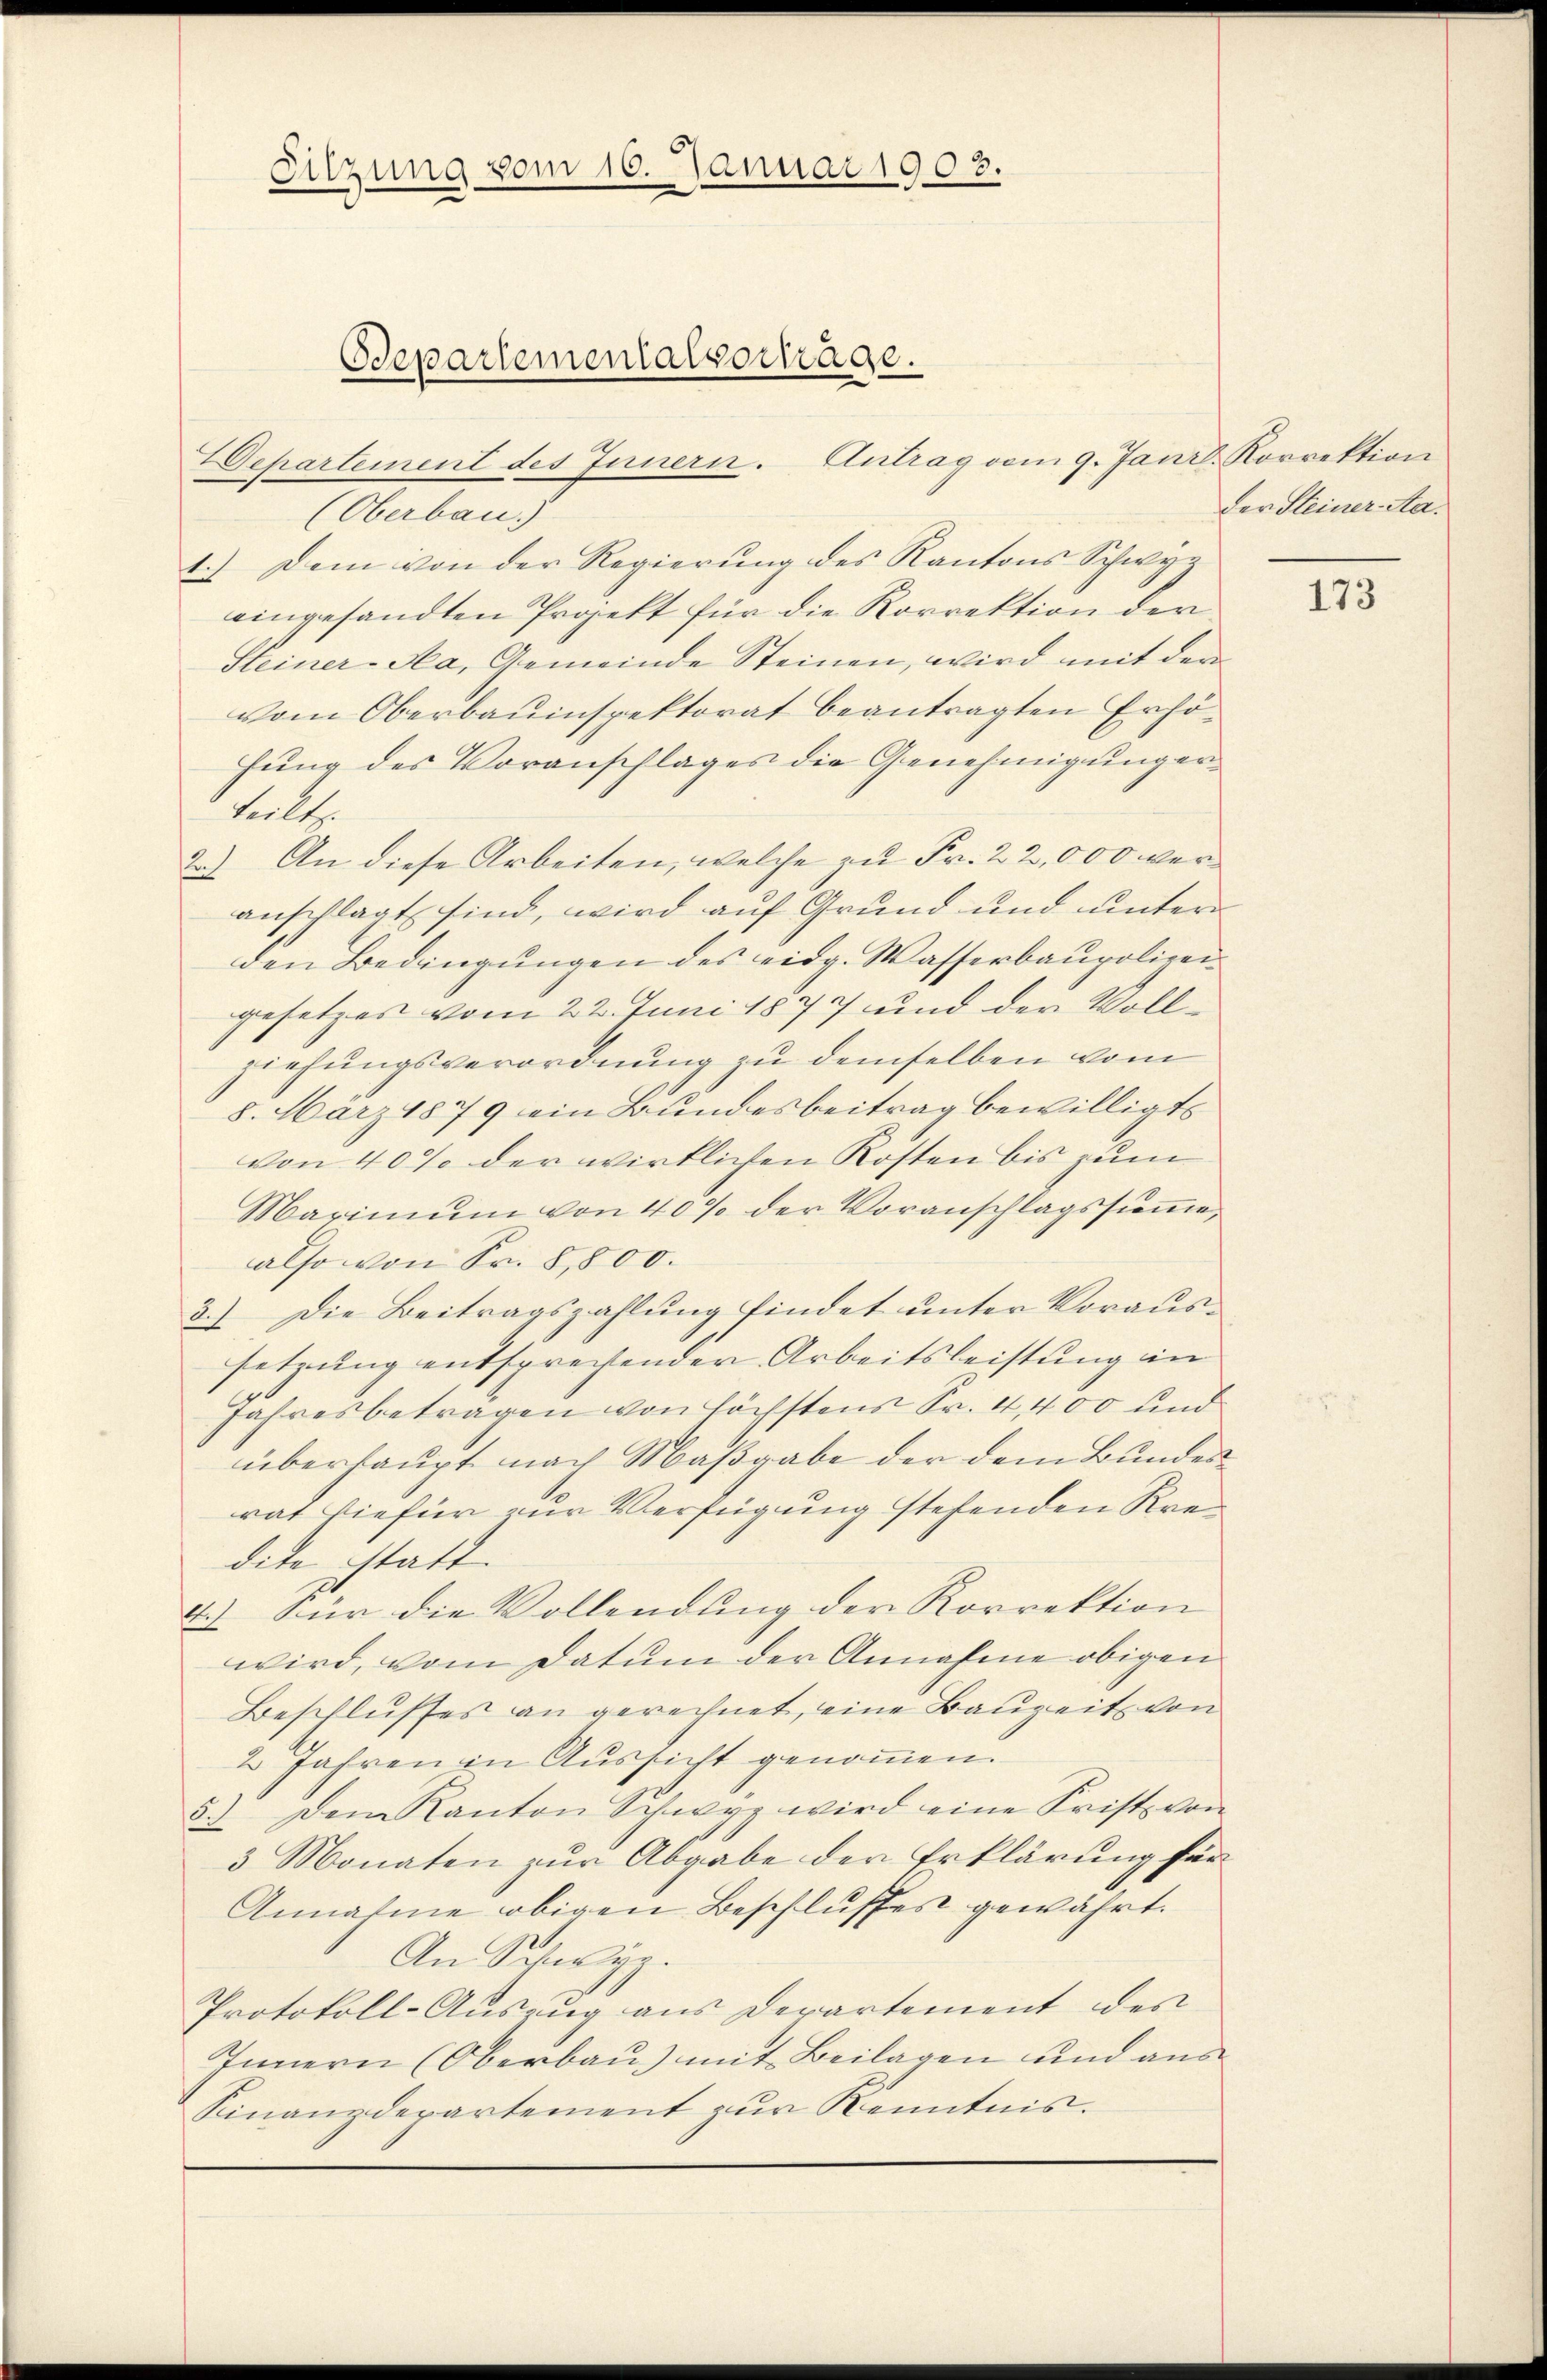
Sitzung vom 10. Januar 1903.

Bepartementalvertrage.

(Oberbaus
1.) Dem von der Regierung des Kantons Schwyz
eingesandten Projekt für die Korrektion der
Steiner-Na, Gemeinde Steinen, wird mit der
vom Oberbauinspektorat beantragten Erhöfung des Voranschlages die Genehmigung erteilt.
2.) An diese Arbeiten, welche zu Fr. 22,000 veranschlagt sind, wird auf Grund und unter
den Bedingungen des eidg. Wasserbaupolizeigesetzes vom 22. Juni 1877 und der Vollziehungsverordnung zu demselben vom
8. März 1879 ein Bundesbeitrag bewilligts
von 40% der wirklichen Kosten bis zum
Marimŭm von 40% der Voranschlagssŭṁe
also von Sr. 8,800.
3.) Die Beitragszahlung findet unter Voraussetzung entsprechender Arbeitsleistung in
Jahresbetragen von Höchstens Sr. 4,400 und
überhaupt nach Maßgabe der dem Bundesrat hiefür zur Verfügung stehenden Krei
dite statt.
4.) Für die Vollendung der Korrektion
wird, vom Datum der Annahme obigen
Beschlusses an gerechnet, eine Bauzeit von
2 Jahren in Aussicht genoṁen.
5.) Dem Kanton Schwyz wird eine Frist von
3 Monaten zur Abgabe der Erklärung für
Annahme obigen Beschlusses gewährt.
An Schwyz.
Protokoll-Auszug aus Derartement des
Innern (Oberbau) mit Beilagen und aus
Finanzdepartement zur Kenntnis.

Departement des Innern. Antrag vom 9. Janr. Korrektion

der Steiner-Aa-

173